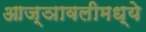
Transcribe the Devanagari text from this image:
आज्ञावलीमध्ये